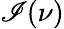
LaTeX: \mathscr{I}(\nu)